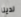
لدينا